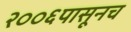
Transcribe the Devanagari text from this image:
२००६पासूनच